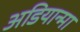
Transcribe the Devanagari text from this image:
अडियान्मा